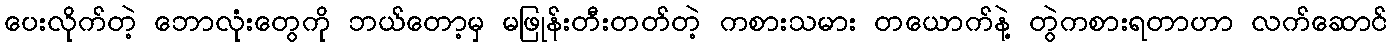
ပေးလိုက်တဲ့ ဘောလုံးတွေကို ဘယ်တော့မှ မဖြုန်းတီးတတ်တဲ့ ကစားသမား တယောက်နဲ့ တွဲကစားရတာဟာ လက်ဆောင်